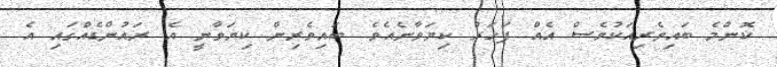
ކޮންމެ ބައިވެރިއަކުވެސް އެއް ފަހަރު ކިޔަވާނެއެވެ. ބައިވެރިން ކިޔަވާނީ އެ ރައުންޑެއްގައި އެ